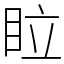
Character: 𥅈